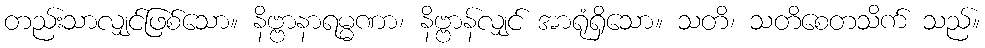
တည်းသာလျှင်ဖြစ်သော။ နိဗ္ဗာနာရမ္မဏာ၊ နိဗ္ဗာန်လျှင် အာရုံရှိသော။ သတိ၊ သတိစေတသိက် သည်။